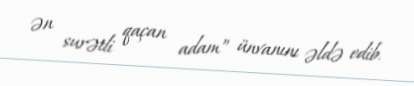
ən surətli qaçan adam” ünvanını əldə edib.